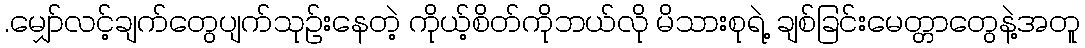
.မျှော်လင့်ချက်တွေပျက်သုဉ်းနေတဲ့ ကိုယ့်စိတ်ကိုဘယ်လို မိသားစုရဲ့ ချစ်ခြင်းမေတ္တာတွေနဲ့အတူ